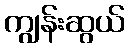
ကျွန်းဆွယ်